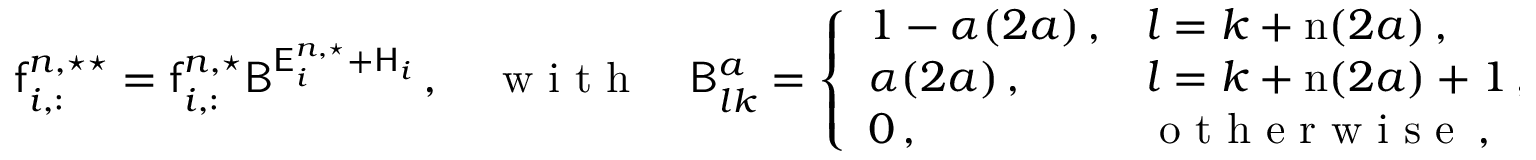
\mathsf { f } _ { i , : } ^ { n , \star \star } = \mathsf { f } _ { i , : } ^ { n , \star } \mathsf { B } ^ { \mathsf { E } _ { i } ^ { n , \star } + \mathsf { H } _ { i } } \, , \quad \mathrm { ~ w ~ i ~ t ~ h ~ } \quad \mathsf { B } _ { l k } ^ { a } = \left\{ \begin{array} { l l } { 1 - \alpha ( 2 a ) \, , } & { l = k + \mathrm { n } ( 2 a ) \, , } \\ { \alpha ( 2 a ) \, , } & { l = k + \mathrm { n } ( 2 a ) + 1 \, , } \\ { 0 \, , } & { \mathrm { ~ o ~ t ~ h ~ e ~ r ~ w ~ i ~ s ~ e ~ } \, , } \end{array} \right.